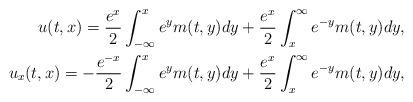
LaTeX: \begin{align*}u(t,x)=\frac{e^x}{2}\int_{-\infty}^x e^y m(t,y)dy +\frac{e^x}{2}\int_{x}^{\infty} e^{-y} m(t,y)dy,\\u_x(t,x)=-\frac{e^{-x}}{2}\int_{-\infty}^x e^y m(t,y)dy +\frac{e^x}{2}\int_{x}^{\infty} e^{-y} m(t,y)dy,\end{align*}